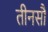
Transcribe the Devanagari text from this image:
तीनसौ